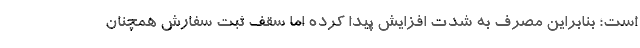
است؛ بنابراین مصرف به شدت افزایش پیدا کرده اما سقف ثبت سفارش همچنان